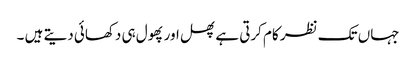
جہاں تک نظر کام کرتی ہے پھل اور پھول ہی دکھائی دیتے ہیں ۔